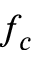
f _ { c }